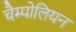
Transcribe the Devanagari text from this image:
चैम्पोलियन